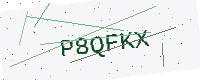
Text: P8QFKX